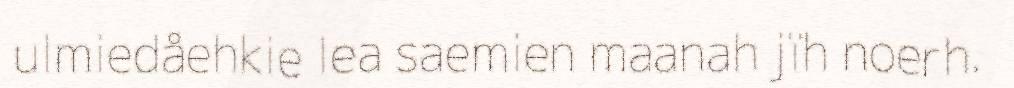
ulmiedåehkie lea saemien maanah jïh noerh.